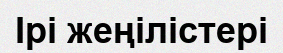
Ірі жеңілістері